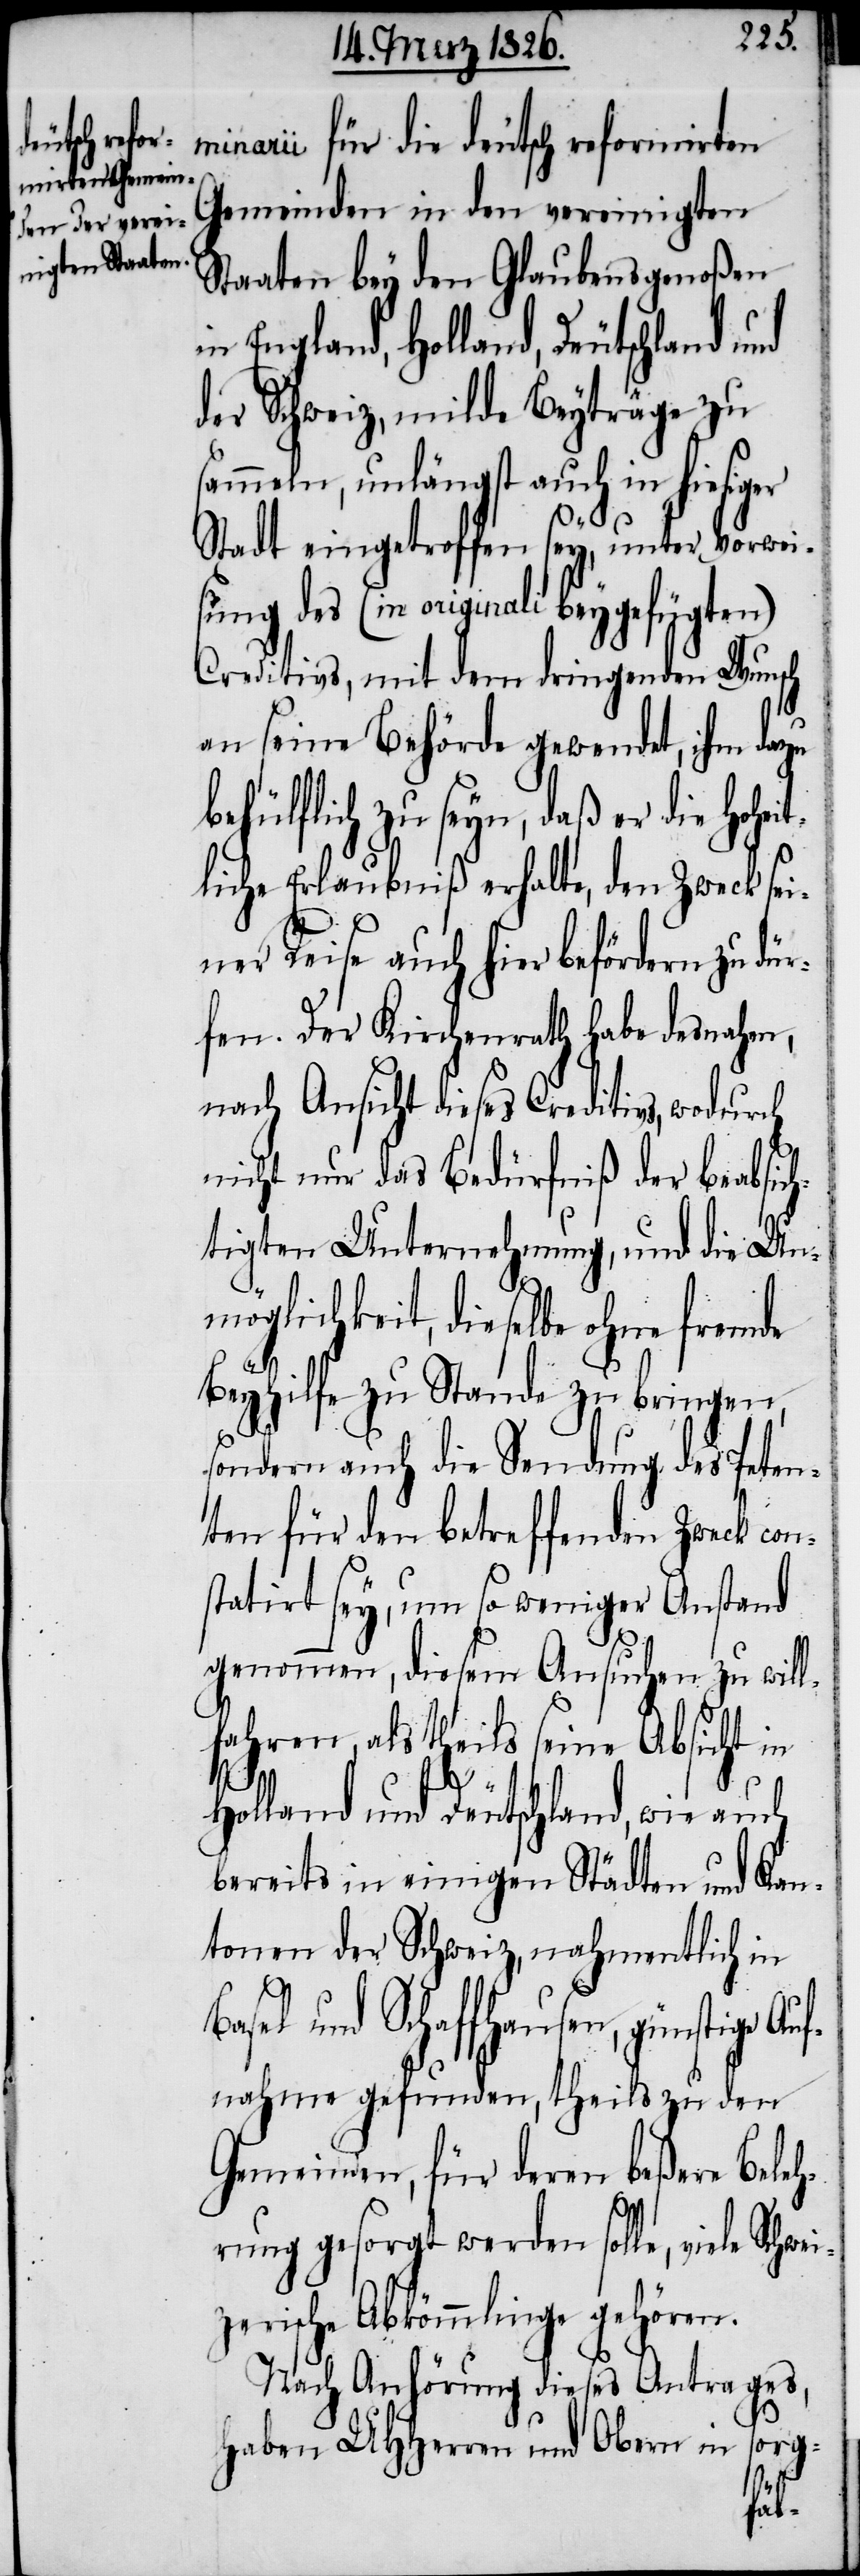
minarii für die deutsch reformirten
Gemeinden in den vereinigten
Staaten bey den Glaubensgenoßen
in England, Holland, Deutschland
der Schweiz, milde Beyträge zu
sammeln, unlängst auch in hiesiger
Stadt eingetroffen sey, unter Vorwei¬
sung des (in originali beygefügten)
Creditives, mit dem dringenden Wunsch
an seine Behörde gewendet, ihm dazu
behülflich zu seyn, daß er die Hohe¬
liche Erlaubniß erhalte, den Zweck sei¬
ner Reise auch hier befördern zu dü¬
rfen. Der Kirchenrath habe desnahen,
nach Ansicht dieses Creditivs, wodur¬
nicht nur das Bedürfniß der beabsich¬
tigten Unternehmung, und die Unm¬
öglichkeit, dieselbe ohne fremde
ch
Beyhilfe zu Stande zu bringen,
sondern auch die Sendung des Peten¬
ten für den betreffenden Zweck con¬
statirt sey, um so weniger Anstand
genommen, diesem Ansuchen zu will¬
fahren als theils seine Absicht in
Schwei¬
it¬
Holland und Deutschland, wie auch
bereits in einigen Städten und Kan¬
tonen der Schweiz, nahmentlich in
Basel und Schaffhausen, günstige Au¬
fnahme gefunden, theils zu den
Gemeinden, für deren beßere Beleh¬
rung gesorgt werden solle, viele
zerische Abkömmlinge gehören.
Nach Anhörung dieses Antrages,
haben UHHerren und Obern in sorg-